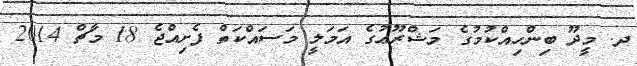
ދ. މީދޫ ބިންހިއްކުމުގެ މަޝްރޫޢުގެ އަމަލީ މަސައްކަތް ފެށިއްޖެ 18 މާޗް 2014